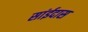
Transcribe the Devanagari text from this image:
सांईदास